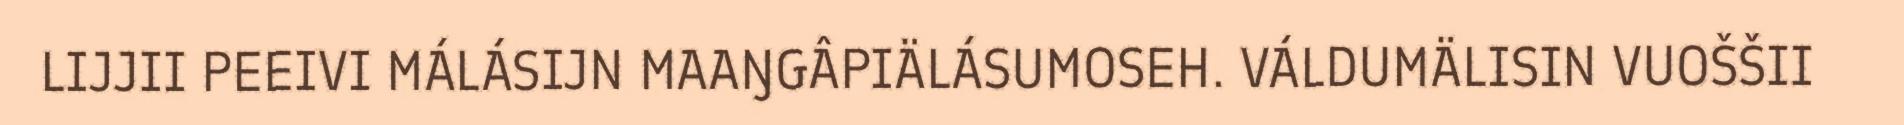
LIJJII PEEIVI MÁLÁSIJN MAAŊGÂPIÄLÁSUMOSEH. VÁLDUMÄLISIN VUOŠŠII